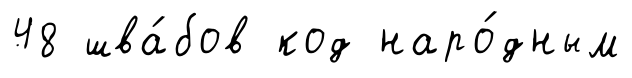
48 шва́бов код наро́дным